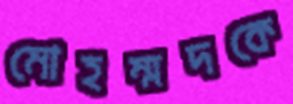
মোহম্মদকে